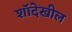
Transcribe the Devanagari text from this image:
शॉदेखील